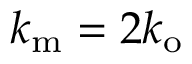
k _ { \mathrm { m } } = 2 k _ { \mathrm { o } }